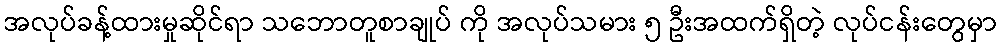
အလုပ်ခန့်ထားမှုဆိုင်ရာ သဘောတူစာချုပ် ကို အလုပ်သမား ၅ ဦးအထက်ရှိတဲ့ လုပ်ငန်းတွေမှာ